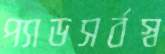
প্যাডসর্বস্ব